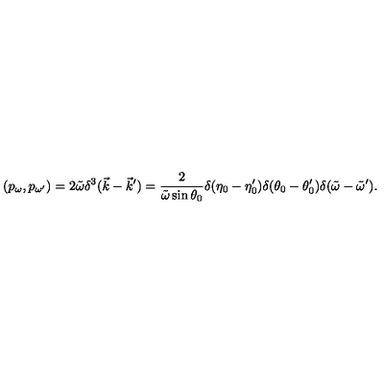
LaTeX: ( p _ { \omega } , p _ { \omega ^ { \prime } } ) = 2 \tilde { \omega } \delta ^ { 3 } ( \vec { k } - \vec { k } ^ { \prime } ) = \frac { 2 } { \tilde { \omega } \sin \theta _ { 0 } } \delta ( \eta _ { 0 } - \eta _ { 0 } ^ { \prime } ) \delta ( \theta _ { 0 } - \theta _ { 0 } ^ { \prime } ) \delta ( \tilde { \omega } - \tilde { \omega } ^ { \prime } ) .